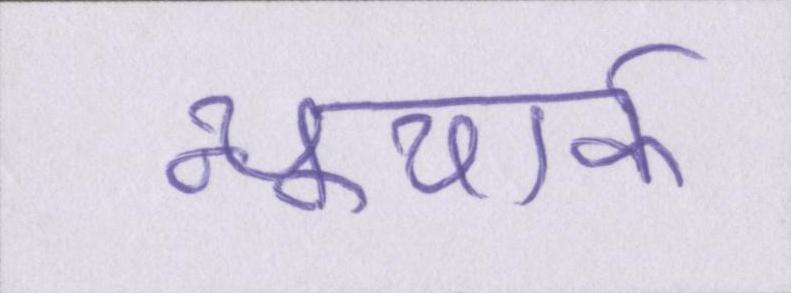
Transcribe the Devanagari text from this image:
न्यूयार्क